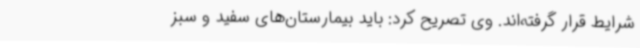
شرایط قرار گرفته‌اند. وی تصریح کرد: باید بیمارستان‌های سفید و سبز